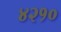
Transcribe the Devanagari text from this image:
४२१०